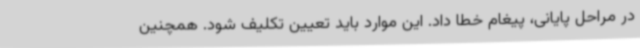
در مراحل پایانی، پیغام خطا داد. این موارد باید تعیین تکلیف شود. همچنین